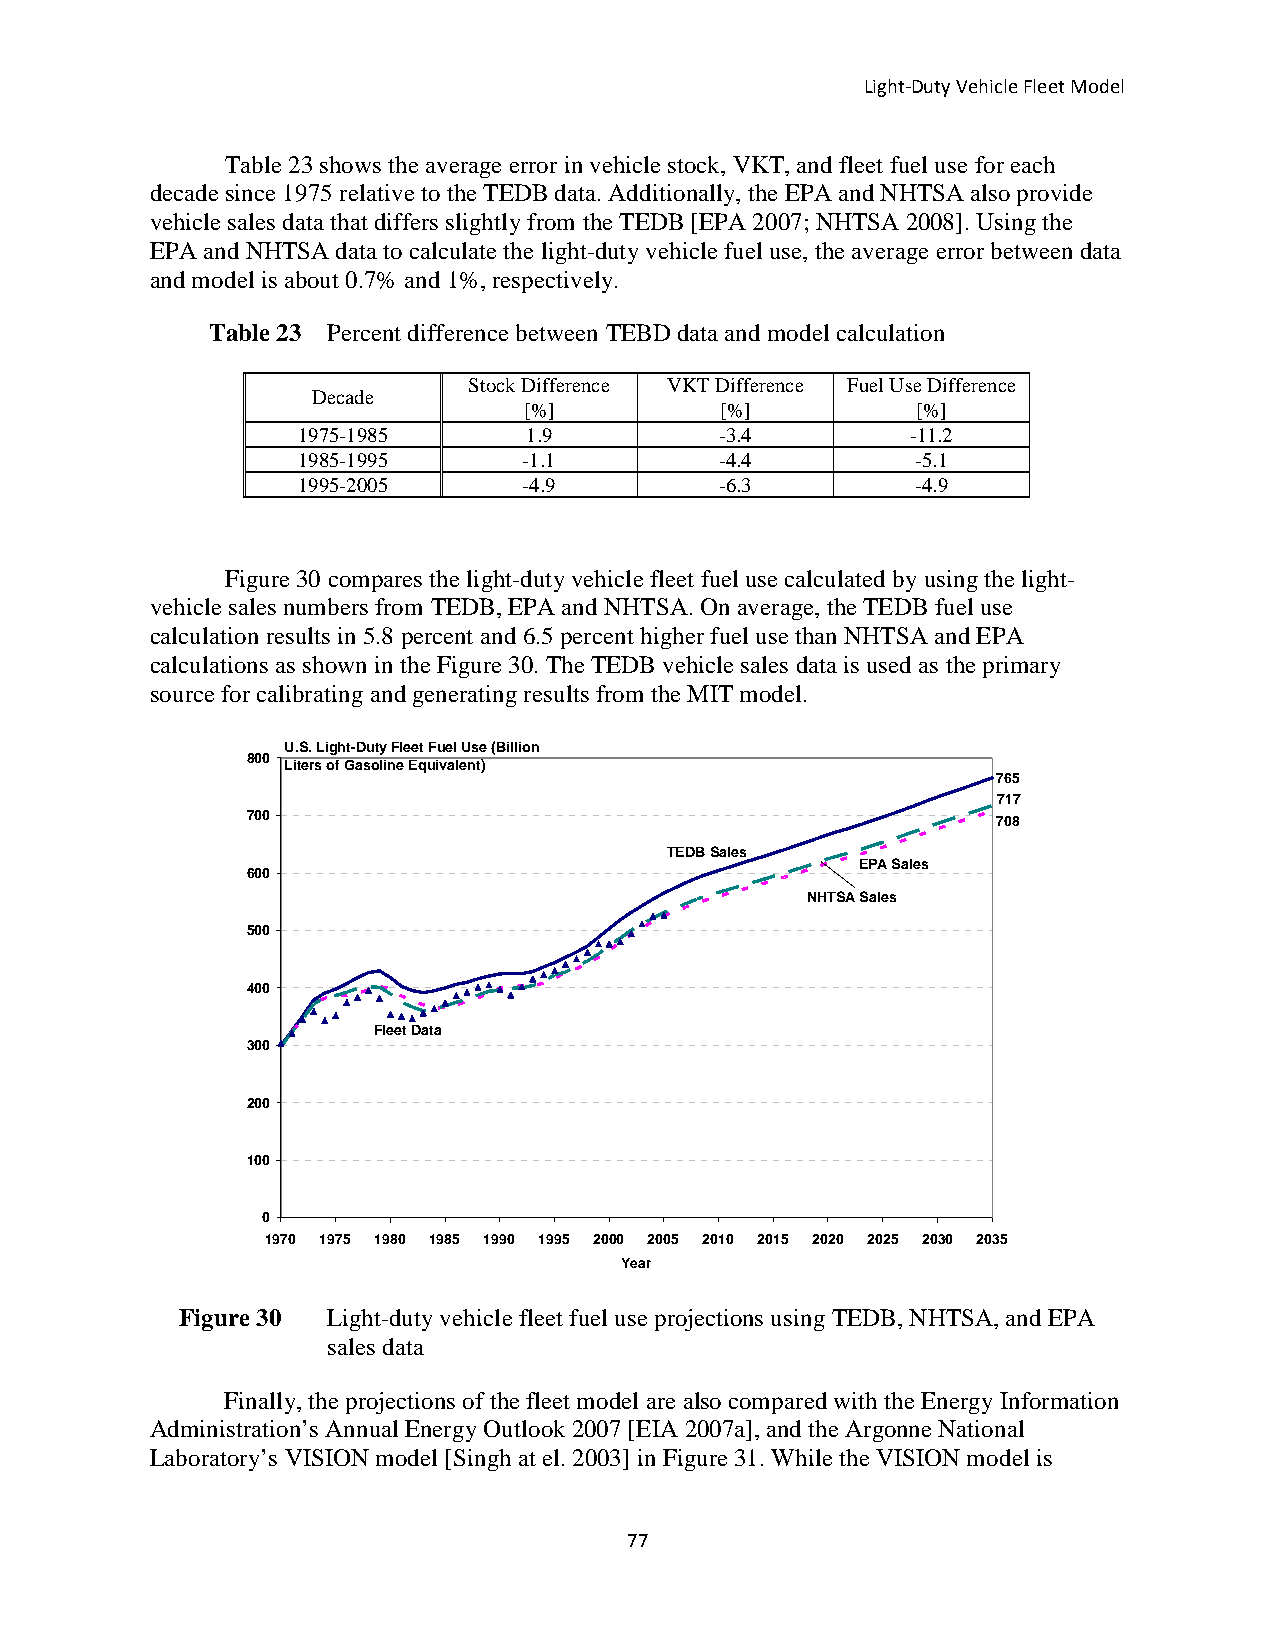
Light-Duty Vehicle Fleet Model
 Table 23 shows the average error in vehicle stock, VKT, and fleet fuel use for each
 decade since 1975 relative to the TEDB data. Additionally, the EPA and NHTSA also provide
 vehicle sales data that differs slightly from the TEDB [EPA 2007; NHTSA 2008]. Using the
 EPA and NHTSA data to calculate the light-duty vehicle fuel use, the average error between data
 and model is about 0.7% and 1%, respectively.
 Table 23 Percent difference between TEBD data and model calculation
 Stock Difference VKT Difference Fuel Use Difference
 Decade
 [%]          [%]          [%]
 1975-1985      1.9          -3.4        -11.2
 1985-1995      -1.1         -4.4         -5.1
 1995-2005      -4.9         -6.3         -4.9
 Figure 30 compares the light-duty vehicle fleet fuel use calculated by using the light-
 vehicle sales numbers from TEDB, EPA and NHTSA. On average, the TEDB fuel use
 calculation results in 5.8 percent and 6.5 percent higher fuel use than NHTSA and EPA
 calculations as shown in the Figure 30. The TEDB vehicle sales data is used as the primary
 source for calibrating and generating results from the MIT model.
 U.S. Light-Duty Fleet Fuel Use (Billion
 800
 Liters of Gasoline Equivalent)
 765
 717
 700                                               708
 TEDB Sales
 EPA Sales
 600
 NHTSA Sales
 500
 400
 Fleet Data
 300
 200
 100
 0
 1970 1975 1980 1985 1990 1995 2000 2005 2010 2015 2020 2025 2030 2035
 Year
 Figure 30 Light-duty vehicle fleet fuel use projections using TEDB, NHTSA, and EPA
 sales data
 Finally, the projections of the fleet model are also compared with the Energy Information
 Administration’s Annual Energy Outlook 2007 [EIA 2007a], and the Argonne National
 Laboratory’s VISION model [Singh at el. 2003] in Figure 31. While the VISION model is
 77